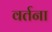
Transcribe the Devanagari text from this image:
वर्तना